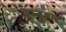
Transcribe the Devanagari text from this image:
पूम्बुहार